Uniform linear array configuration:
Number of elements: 16
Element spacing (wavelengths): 0.75
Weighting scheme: hamming
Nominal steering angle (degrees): -60
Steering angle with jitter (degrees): -58.205
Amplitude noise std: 0.05
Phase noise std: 0.05

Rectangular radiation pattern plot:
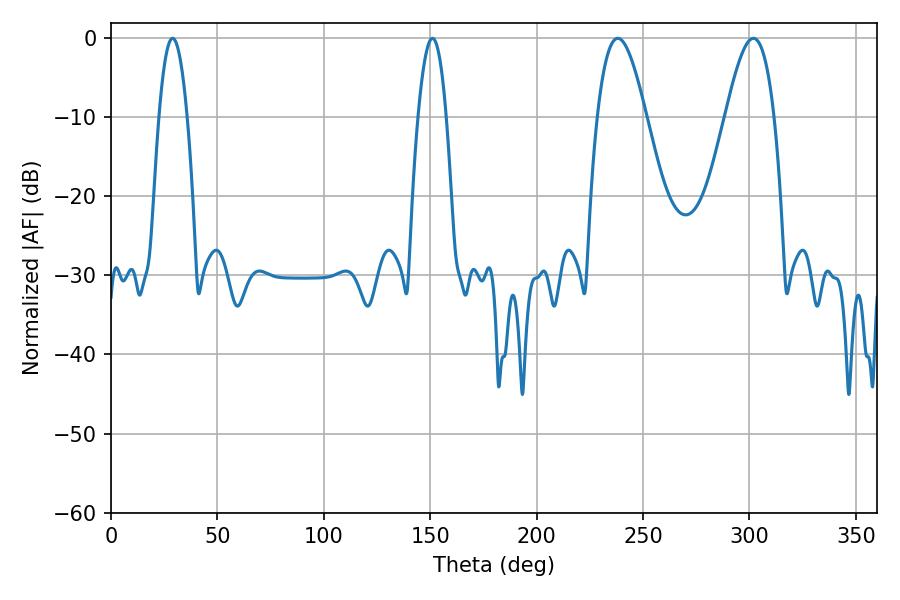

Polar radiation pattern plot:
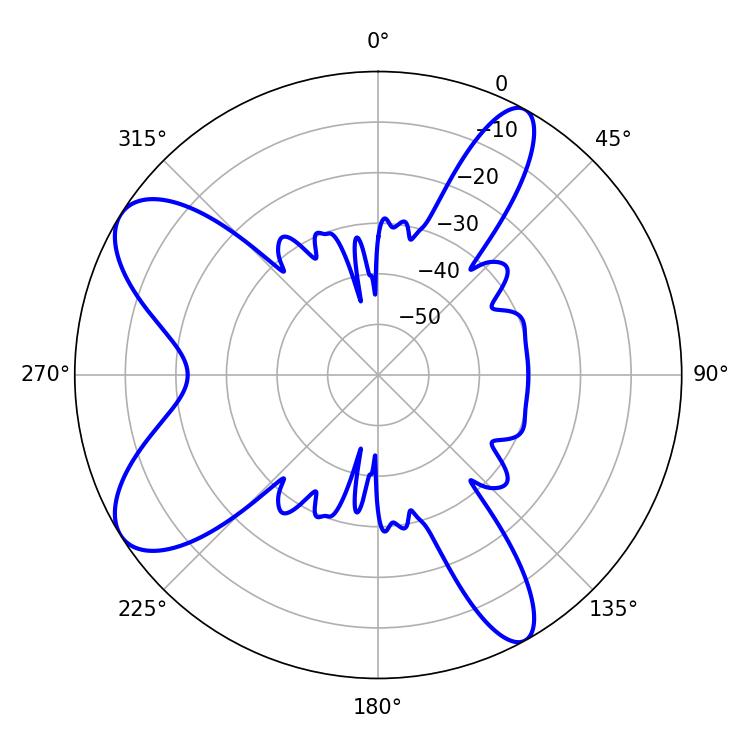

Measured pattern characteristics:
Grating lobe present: TRUE
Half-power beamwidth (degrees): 12.42
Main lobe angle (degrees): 238.14